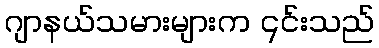
ဂျာနယ်သမားများက ၎င်းသည်